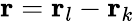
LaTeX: \mathrm{\mathbf r}=\mathrm{\mathbf r}_{l}-\mathrm{\mathbf r}_{k}